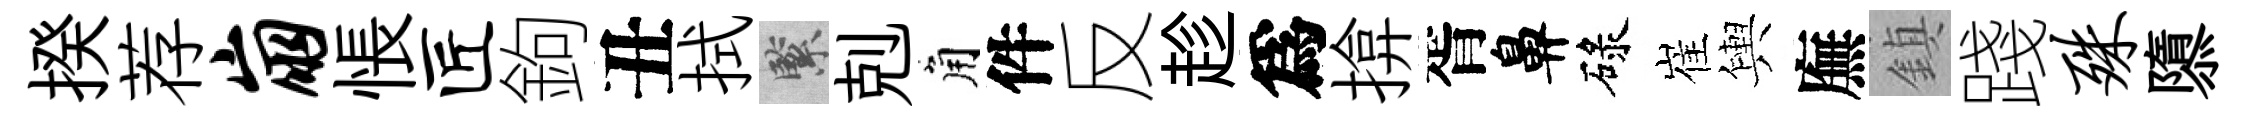
揆荐崩悵匠鉤丑拭緊剋角件反趁爲揜胥鼻碌崔輿廡鎮踐殊隳